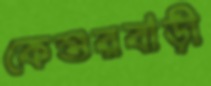
কেশুরবাড়ী